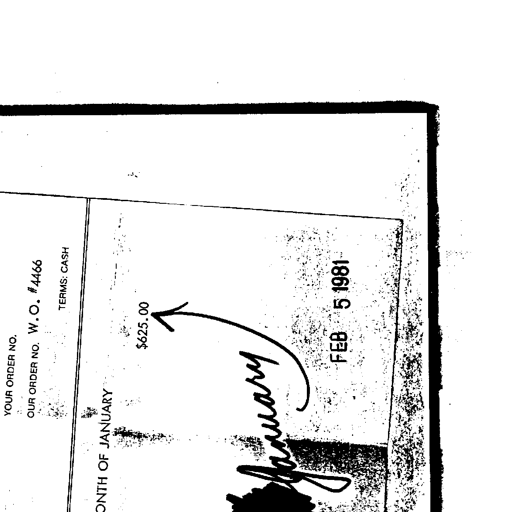
YOUR ORDER NO.
OUR ORDER NO. W.O. #4466
TERMS: CASH
MONTH OF JANUARY
$625.00
January
FEB 5 1981